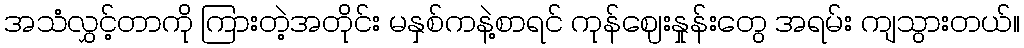
အသံလွှင့်တာကို ကြားတဲ့အတိုင်း မနှစ်ကနဲ့စာရင် ကုန်ဈေးနှုန်းတွေ အရမ်း ကျသွားတယ်။